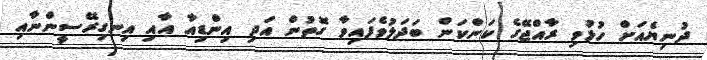
ދުނިޔެއަށް ހުޅުވި ރާއްޖޭގެ ކަންކަން ބަދަލުވެފައިވާ ގޮތުން އަދި އިންޑިއާ އާއި އިނގިރޭސީންނާއި